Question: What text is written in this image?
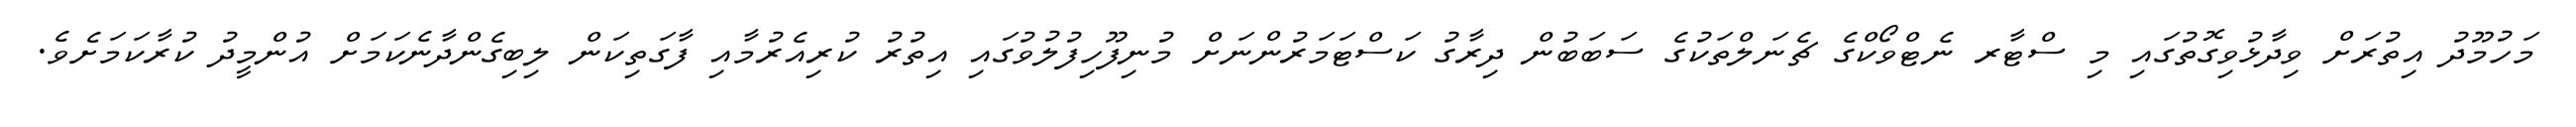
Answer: މަހުމޫދު އިތުރަށް ވިދާޅުވިގޮތުގައި މި ސްޓާރ ނެޓްވޯކްގެ ޗެނަލްތަކުގެ ސަބަބުން ދިރާގު ކަސްޓަމަރުންނަށް މުނިފޫހިފުލުވުގައި އިތުރު ކުރިއެރުމާއި ފާގަތިކަން ލިބިގެންދާނެކަމަށް އުންމީދު ކުރާކަމަށެވެ.